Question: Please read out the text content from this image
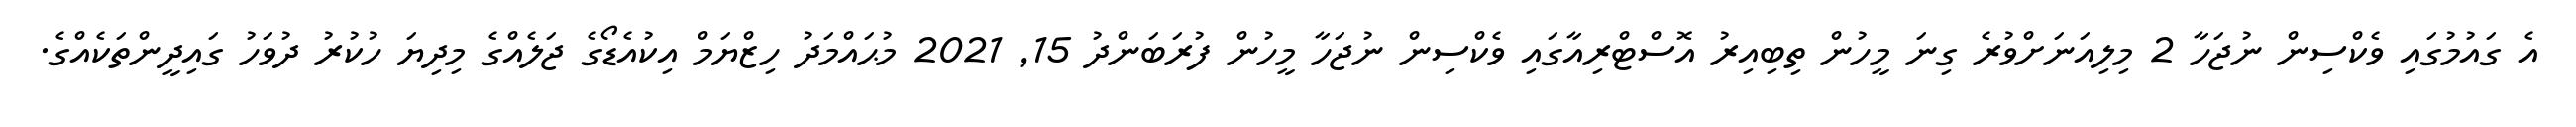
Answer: އެ ގައުމުގައި ވެކްސިން ނުޖަހާ 2 މިލިއަނަށްވުރެ ގިނަ މީހުން ތިބިއިރު އޮސްޓްރިއާގައި ވެކްސިން ނުޖަހާ މީހުން ފުރަބަންދު 15, 2021 މުޙައްމަދު ހިޒްޔަމް އިކުއެޑޯގެ ޖަލެއްގެ މިދިޔަ ހުކުރު ދުވަހު ގައިދީންތަކެއްގެ.